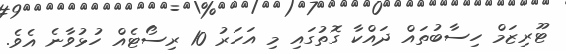
ޓޫރިޒަމް ހިސާބުތައް ދައްކާ ގޮތުގައި މި އަހަރު 10 ރިސޯޓެއް ހުޅުވާނެ އެވެ.